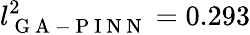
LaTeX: l_{\mathrm{~G~A~-~P~I~N~N~}}^{2}=0.293